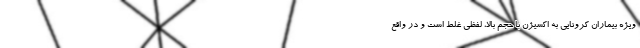
ویژه بیماران کرونایی به اکسیژن با حجم بالا، لفظی غلط است و در واقع